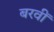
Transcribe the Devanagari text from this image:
बरवीं